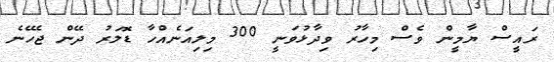
ރައީސް ޔާމީން ވެސް މިހާރު ވިދާޅުވަނީ 300 މިލިއަނެއްހާ ޑޮލަރު ދޭން ޖެހޭނެ